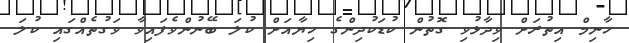
ހާނިމް އިތުރަށް ވިދާޅުވި ގޮތުން ކުޑަކުދިންގެ ހިޔާއަށް ކުލަ ބޭނުންވެފައިވާ ވަގުތެއްގައި ކުލަ